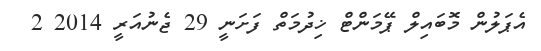
އެޕަލުން މޮބައިލް ޕޭމަންޓް ޚިދުމަތް ފަށަނީ 29 ޖެނުއަރީ 2014 2